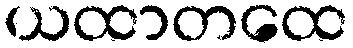
ယထာတထေ